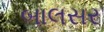
બાલસર